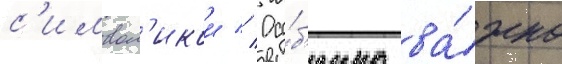
с'имвол'икои // Осо́б'енно ва́жно